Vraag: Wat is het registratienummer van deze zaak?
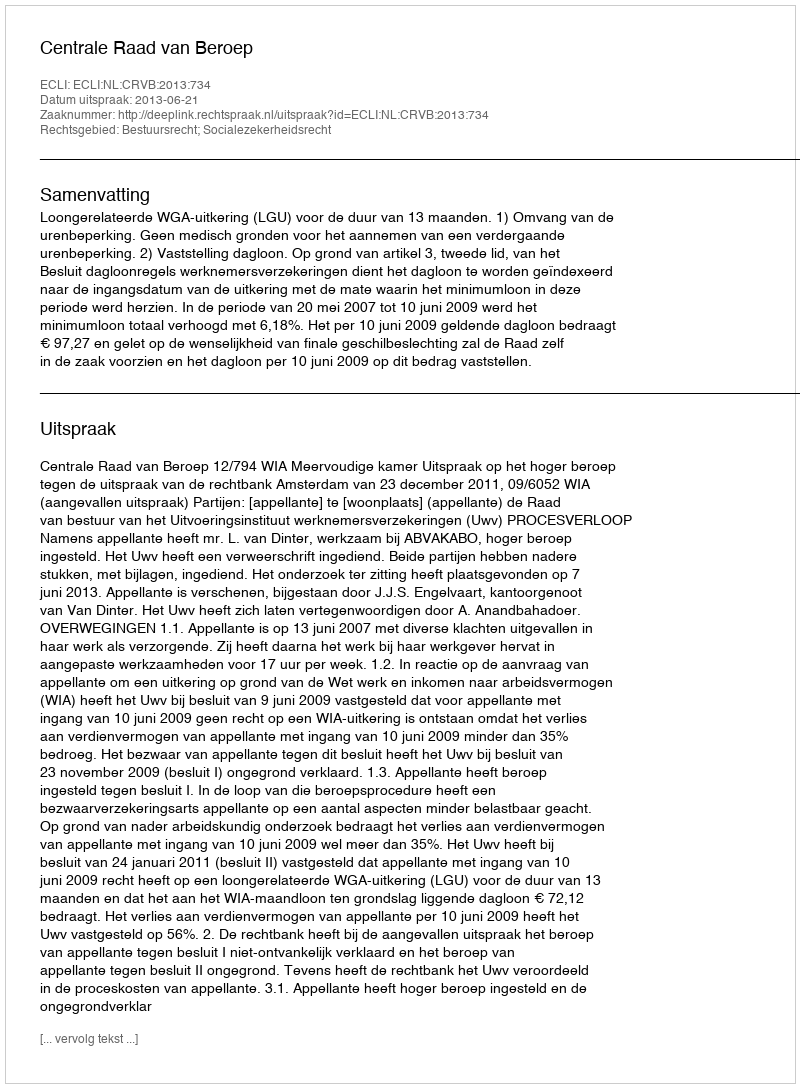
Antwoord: http://deeplink.rechtspraak.nl/uitspraak?id=ECLI:NL:CRVB:2013:734